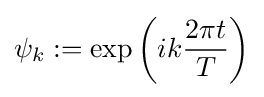
\psi _{k}:=\exp \left(ik{\frac {2\pi t}{T}}\right)